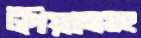
টপিয়ানোসহ